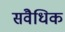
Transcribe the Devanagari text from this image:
संवैधिक